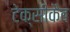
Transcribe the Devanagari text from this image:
टेक्सीकैब